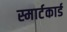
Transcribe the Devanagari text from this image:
स्मार्टकार्ड